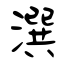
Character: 潠